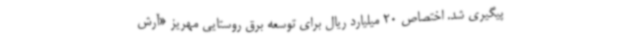
پیگیری شد. اختصاص 20 میلیارد ریال برای توسعه برق روستایی مهریز «آرش